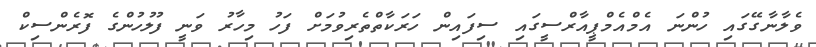
ވެލާނާގޭގައި ހުންނަ އެމްއެމްޕީއާރްސީގައި ސިފައިން ހަރަކާތްތެރިވުމަށް ފަހު މިހާރު ވަނީ ފުލުހުންގެ ފޮރެންސިކް